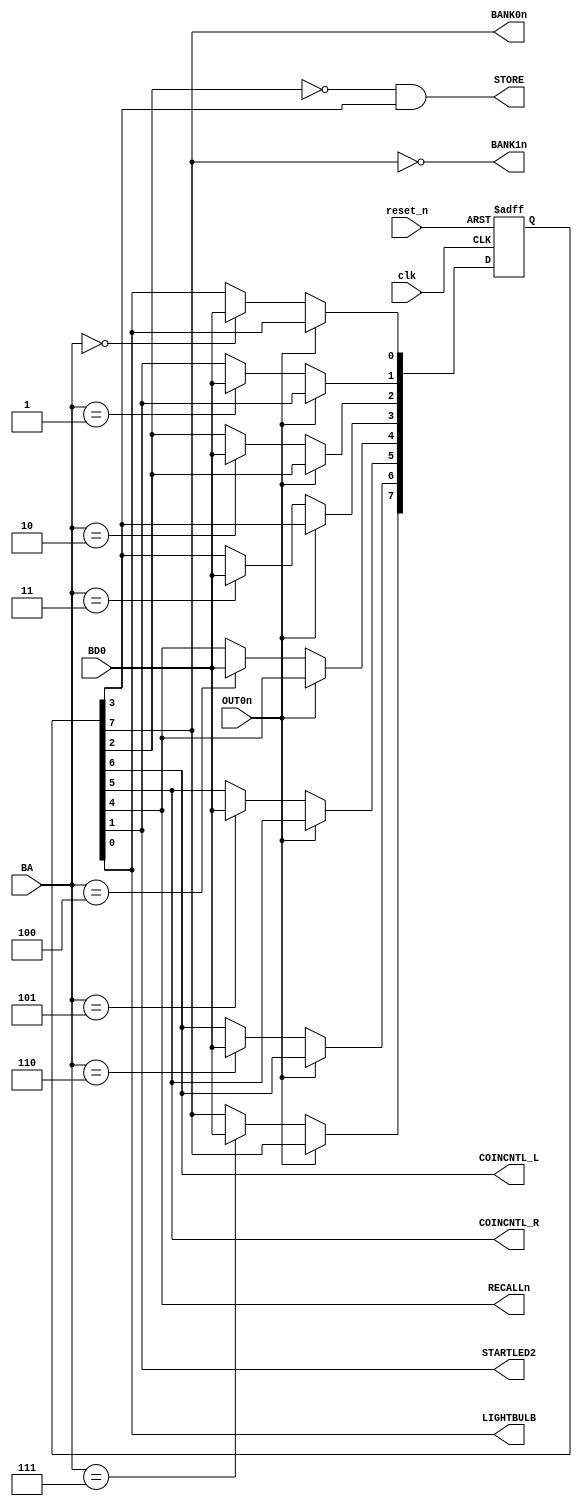
module CoinCountOutput
(
   input reset_n, clk,
   
   input OUT0n, BD0,
   input [2:0] BA, 
    
   output BANK0n, BANK1n, 
   output COINCNTL_L, COINCNTL_R,
   output RECALLn, STORE,
   output STARTLED2, LIGHTBULB
);

reg [7:0] q;
always @(posedge clk or negedge reset_n)        //ic8N
begin
   if (~reset_n)
      q <= #1 8'b00000000;
   else if (~OUT0n)
     case (BA) 
         3'b000: q[0] <= #1 BD0;
         3'b001: q[1] <= #1 BD0;
         3'b010: q[2] <= #1 BD0;
         3'b011: q[3] <= #1 BD0;
         3'b100: q[4] <= #1 BD0;
         3'b101: q[5] <= #1 BD0;
         3'b110: q[6] <= #1 BD0;
         3'b111: q[7] <= #1 BD0;
      endcase 
 end
 
assign BANK0n = q[7];
assign BANK1n = ~q[7];
assign COINCNTL_L = q[6];
assign COINCNTL_R = q[5];
assign RECALLn = q[4];
assign STARTLED2 = q[1];
assign LIGHTBULB = q[0];
assign STORE = ~q[2] & q[3];
 
endmodule